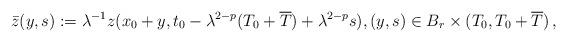
LaTeX: \begin{align*}\bar z(y,s) := \lambda^{-1} z(x_0+y,t_0- \lambda^{2-p}(T_0+\overline T)+ \lambda^{2-p} s),(y,s)\in B_r\times(T_0,T_0+\overline T)\,,\end{align*}